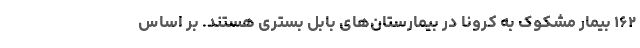
۱۶۲ بیمار مشکوک به کرونا در بیمارستان‌های بابل بستری هستند. بر اساس